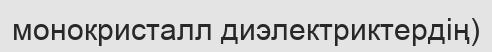
монокристалл диэлектриктердің)